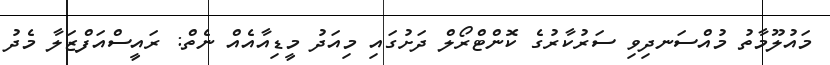
މައުލޫމާތު މުއްސަނދިވި ސަރުކާރުގެ ކޮންޓްރޯލް ދަށުގައި މިއަދު މީޑިއާއެއް ނެތް: ރައީސްއަފްޒަލާ މެދު